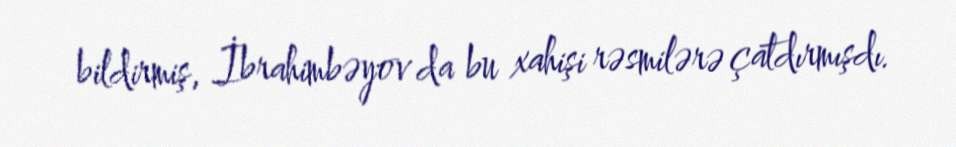
bildirmiş, İbrahimbəyov da bu xahişi rəsmilərə çatdırmışdı.